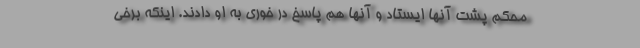
محکم پشت آنها ایستاد و آنها هم پاسخ در خوری به او دادند. اینکه برخی